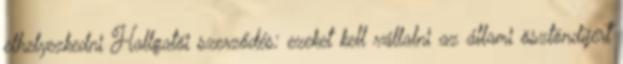
elhelyezkedni Hallgatói szerződés: ezeket kell vállalni az állami ösztöndíjért